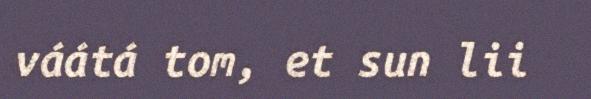
váátá tom, et sun lii